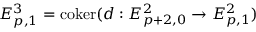
E _ { p , 1 } ^ { 3 } = \operatorname { c o k e r } ( d : E _ { p + 2 , 0 } ^ { 2 } \to E _ { p , 1 } ^ { 2 } )